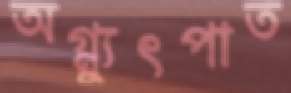
অগ্ন্যুৎপাত